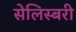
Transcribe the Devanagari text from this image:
सेलिस्बरी